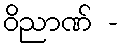
ဝိညာဏ် -